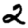
Digit: 2